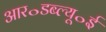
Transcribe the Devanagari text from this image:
आर॰डब्ल्यू॰ई